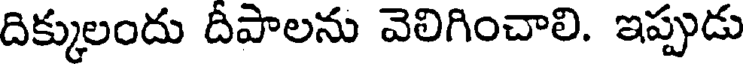
దిక్కులందు దీపాలను వెలిగించాలి. ఇప్పుడు